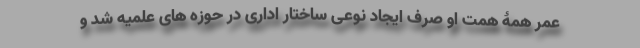
عمر همۀ همت او صرف ایجاد نوعی ساختار اداری در حوزه های علمیه شد و